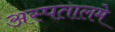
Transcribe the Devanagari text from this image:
अस्पतालमे